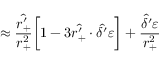
\approx \frac { \hat { r _ { + } ^ { \prime } } } { r _ { + } ^ { 2 } } \bigg [ 1 - 3 \hat { r _ { + } ^ { \prime } } \cdot \hat { \delta ^ { \prime } } \varepsilon \bigg ] + \frac { \hat { \delta ^ { \prime } } \varepsilon } { r _ { + } ^ { 2 } }